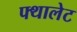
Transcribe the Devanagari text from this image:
फ्थालेट